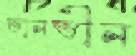
তানভীন